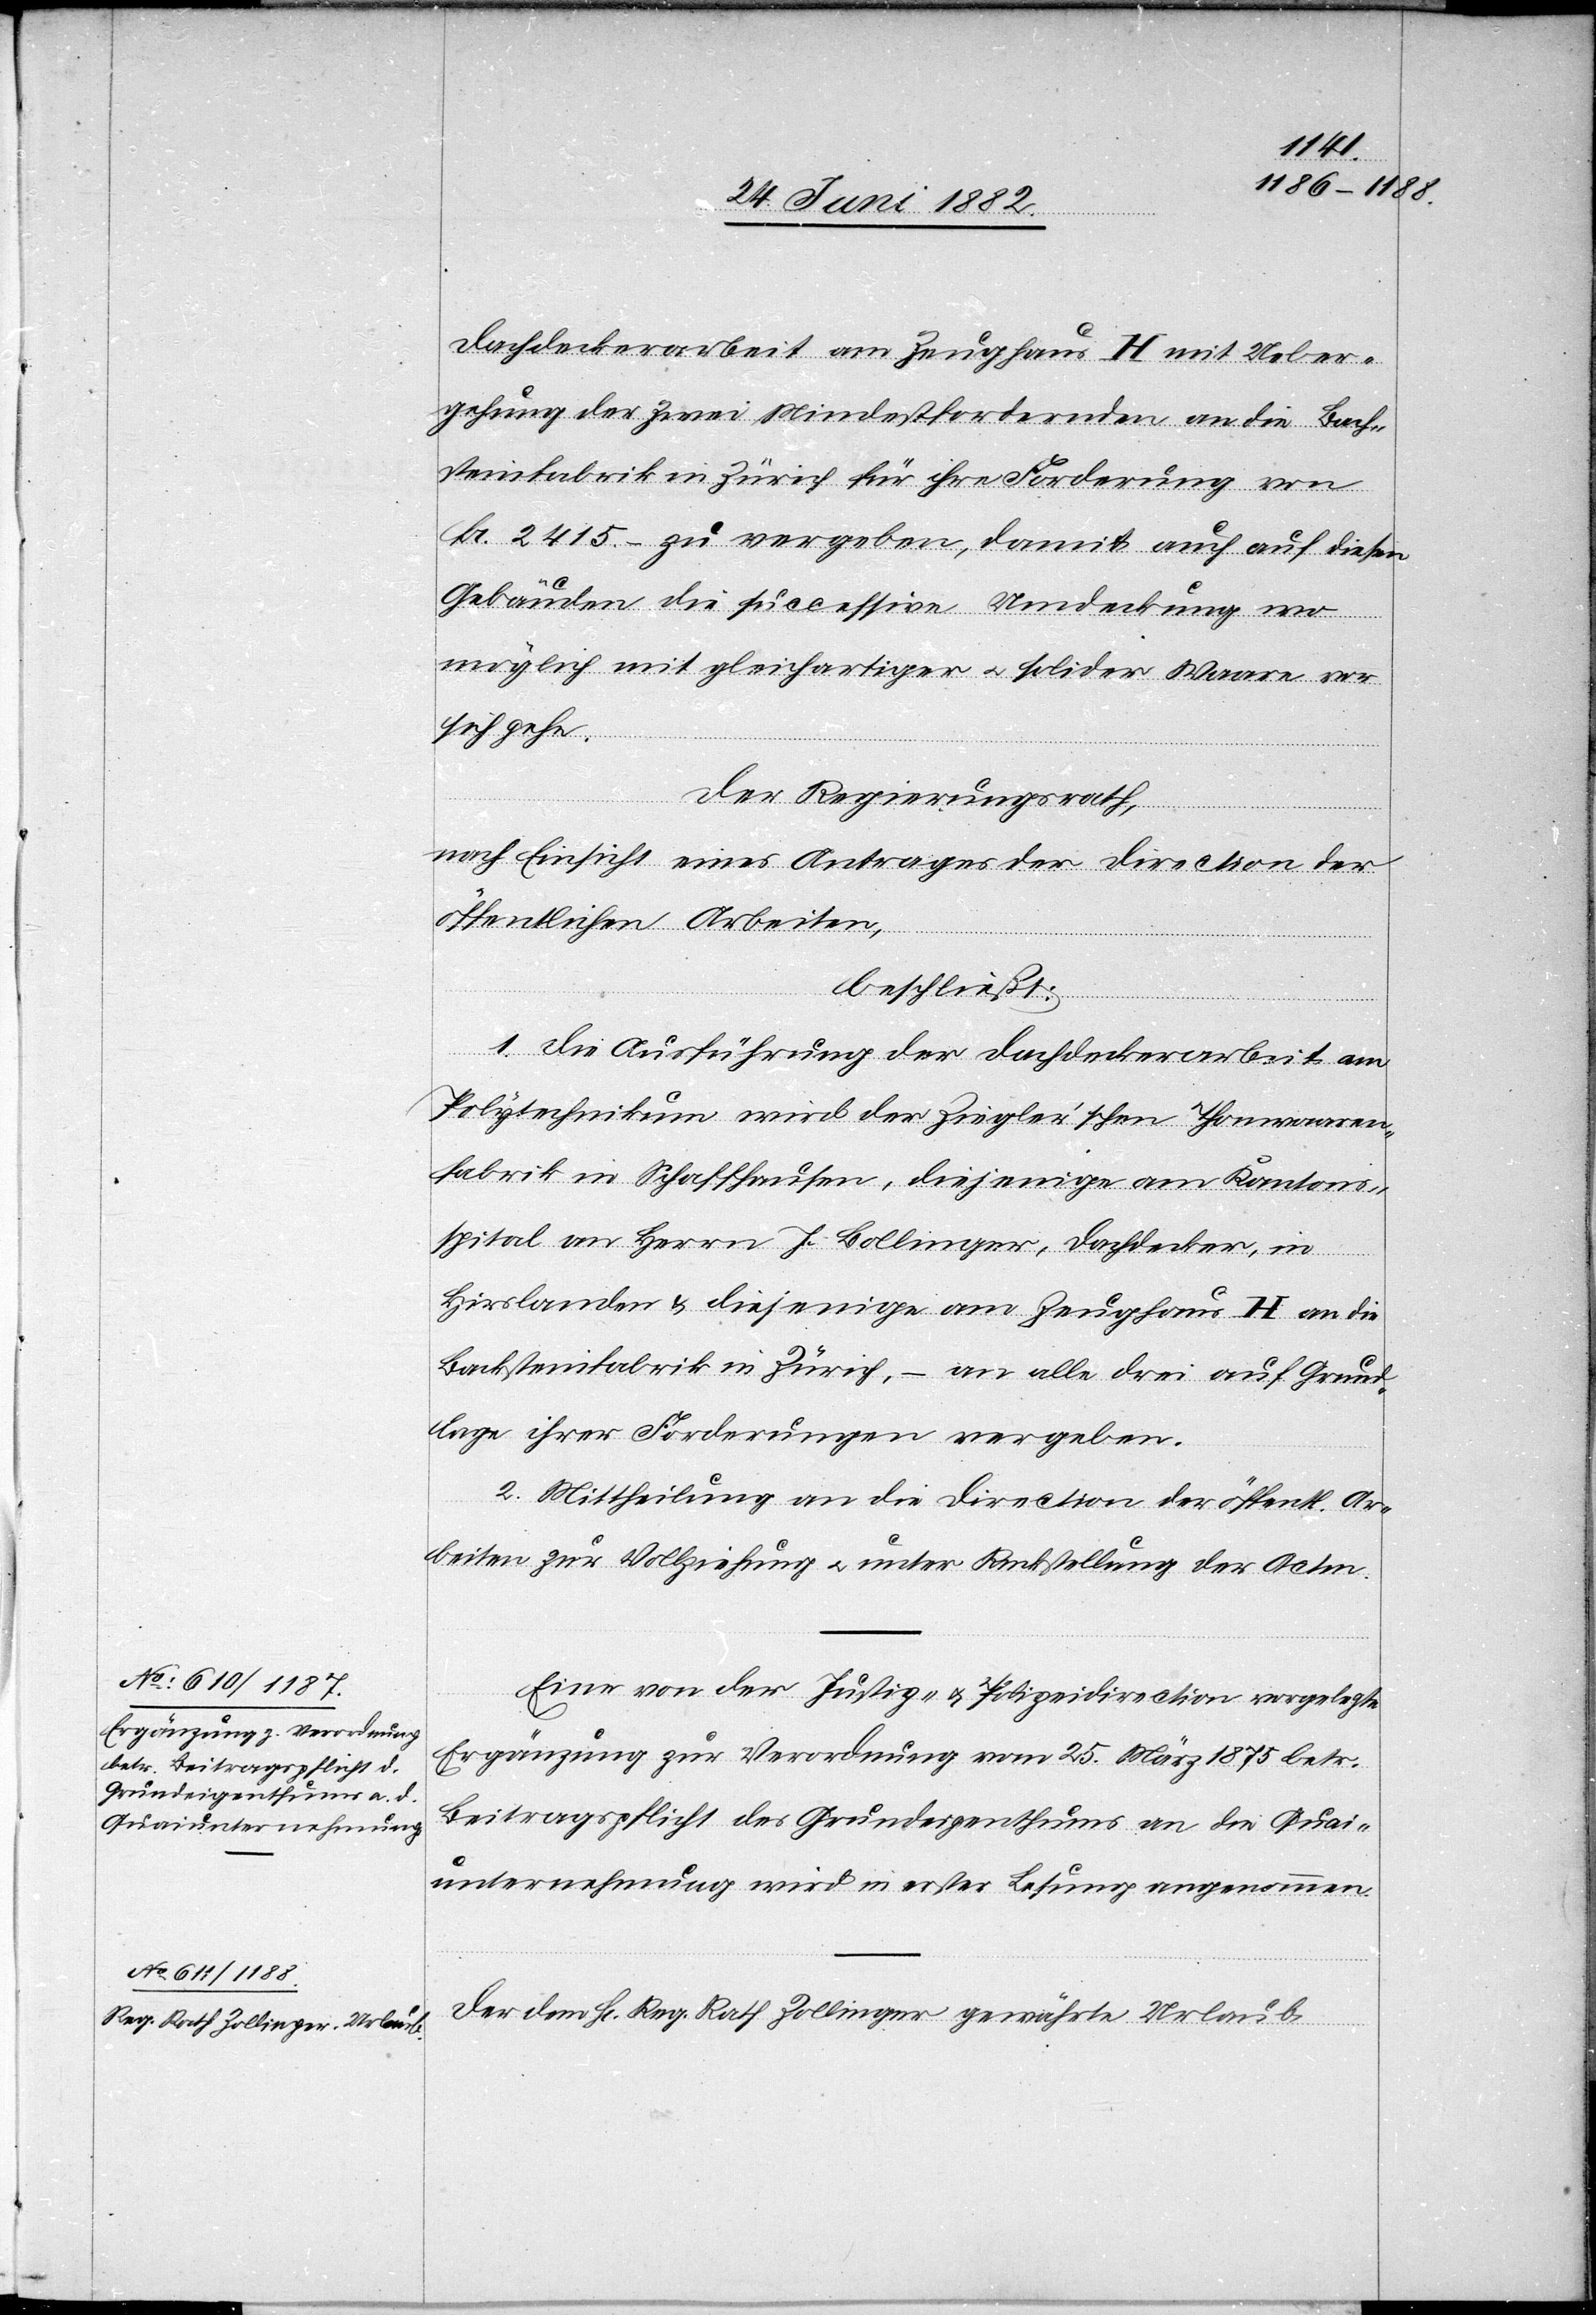
Dachdeckerarbeit am Zeughaus H mit Ueber¬
gehung der zwei Mindestbietenden an die Bach¬
steinfabrik in Zürich für ihre Forderung von
Fr. 2415.– zu vergeben, damit auch auf diesen
Gebäuden die succesive Umdeckung wo
möglich mit gleichartiger u. solider Waare vor
sich gehe.
Der Regierungsrath,
nach Einsicht eines Antrages der Direction der
öffentlichen Arbeiten,
beschließt:
1. Die Ausführung der Dachdeckerarbeit am
Polytechnikum wird der Ziegler’schen Thonwaaren¬
fabrik in Schaffhausen, diejenige am Kantons¬
spital an Herrn J. Bollinger, Dachdecker, in
Hirslanden & diejenige am Zeughaus H an die
Backsteinfabrik [sic!] in Zürich, – an alle drei auf Grund¬
lage ihrer Forderungen vergeben.
2. Mittheilung an die Direction der öffentl. Ar¬
beiten zur Vollziehung u. unter Rückstellung der Acten.
Eine von der Justiz- u. Polizeidirection vorgelegte
Ergänzung zur Verordnung vom 25. März 1875 betr.
Beitragspflicht des Grundeigenthums an die Quai¬
unternehmung wird in erster Lesung angenommen.
Der dem H[rn]. Reg. Rath Zollinger gewährte Urlaub